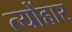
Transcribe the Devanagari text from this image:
त्योंहार